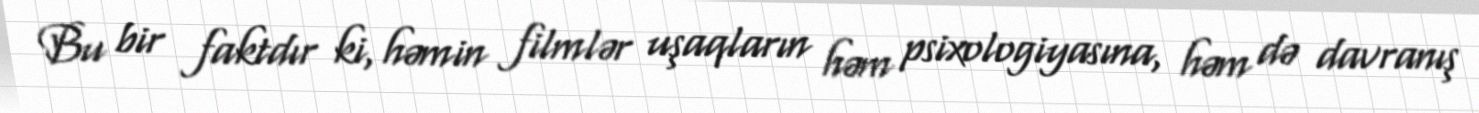
Bu bir faktdır ki, həmin filmlər uşaqların həm psixologiyasına, həm də davranış